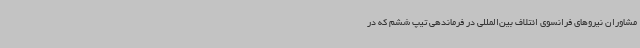
مشاوران نیروهای فرانسوی ائتلاف بین‌المللی در فرماندهی تیپ ششم که در